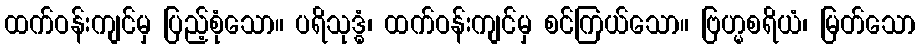
ထက်ဝန်းကျင်မှ ပြည့်စုံသော။ ပရိသုဒ္ဓံ၊ ထက်ဝန်းကျင်မှ စင်ကြယ်သော။ ဗြဟ္မစရိယံ၊ မြတ်သော